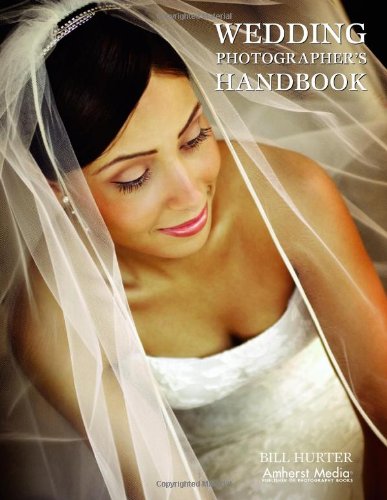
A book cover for Wedding Photographer's Handbook; Bill Hurter; Crafts, Hobbies & Home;